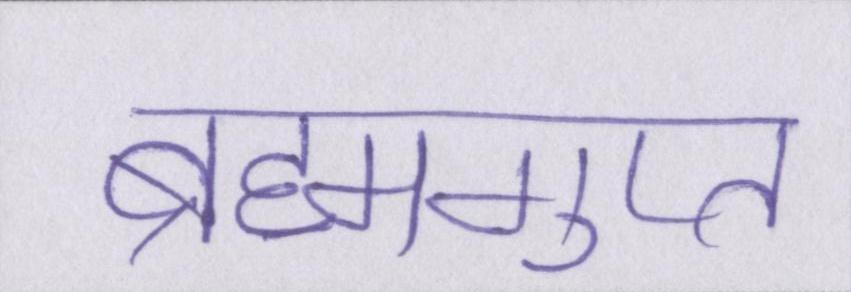
ब्रह्मगुप्त